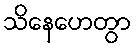
သိနေဟေတွာ